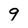
Character: 9